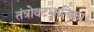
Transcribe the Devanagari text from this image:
तंत्रोवटधानिका।